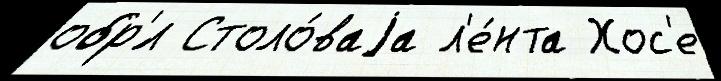
обр'́л Столо́ваjа л'е́нта Хос'е